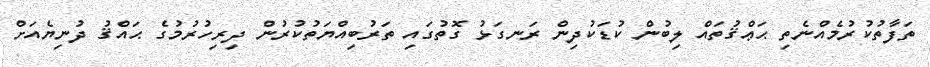
ތަފާތުކުރުމެއްނެތި ޙަޢްޤުތައް ލިބުން ކުޑަކުދިން ރަނގަޅު ގޮތުގައި ތަރުބިއްޔަތުކުރުން ދިރިހުރުމުގެ ޙައްޤު ދުނިޔެއަށް